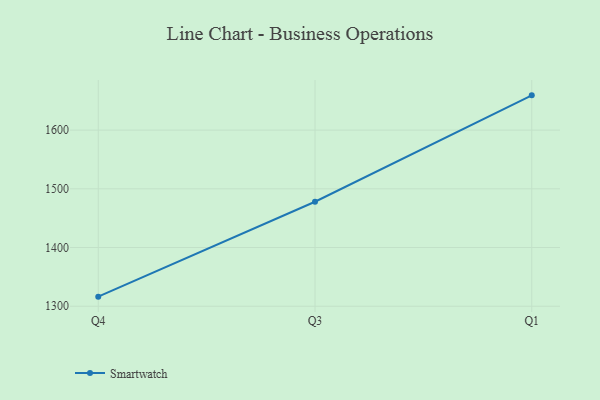
{"axis": {"x": "Quarter", "y": "Revenue (USD Million)"}, "legend": ["Smartwatch"], "data": [{"x": "Q4", "y": 1316.3, "type": "Smartwatch"}, {"x": "Q3", "y": 1478.0, "type": "Smartwatch"}, {"x": "Q1", "y": 1659.2, "type": "Smartwatch"}]}